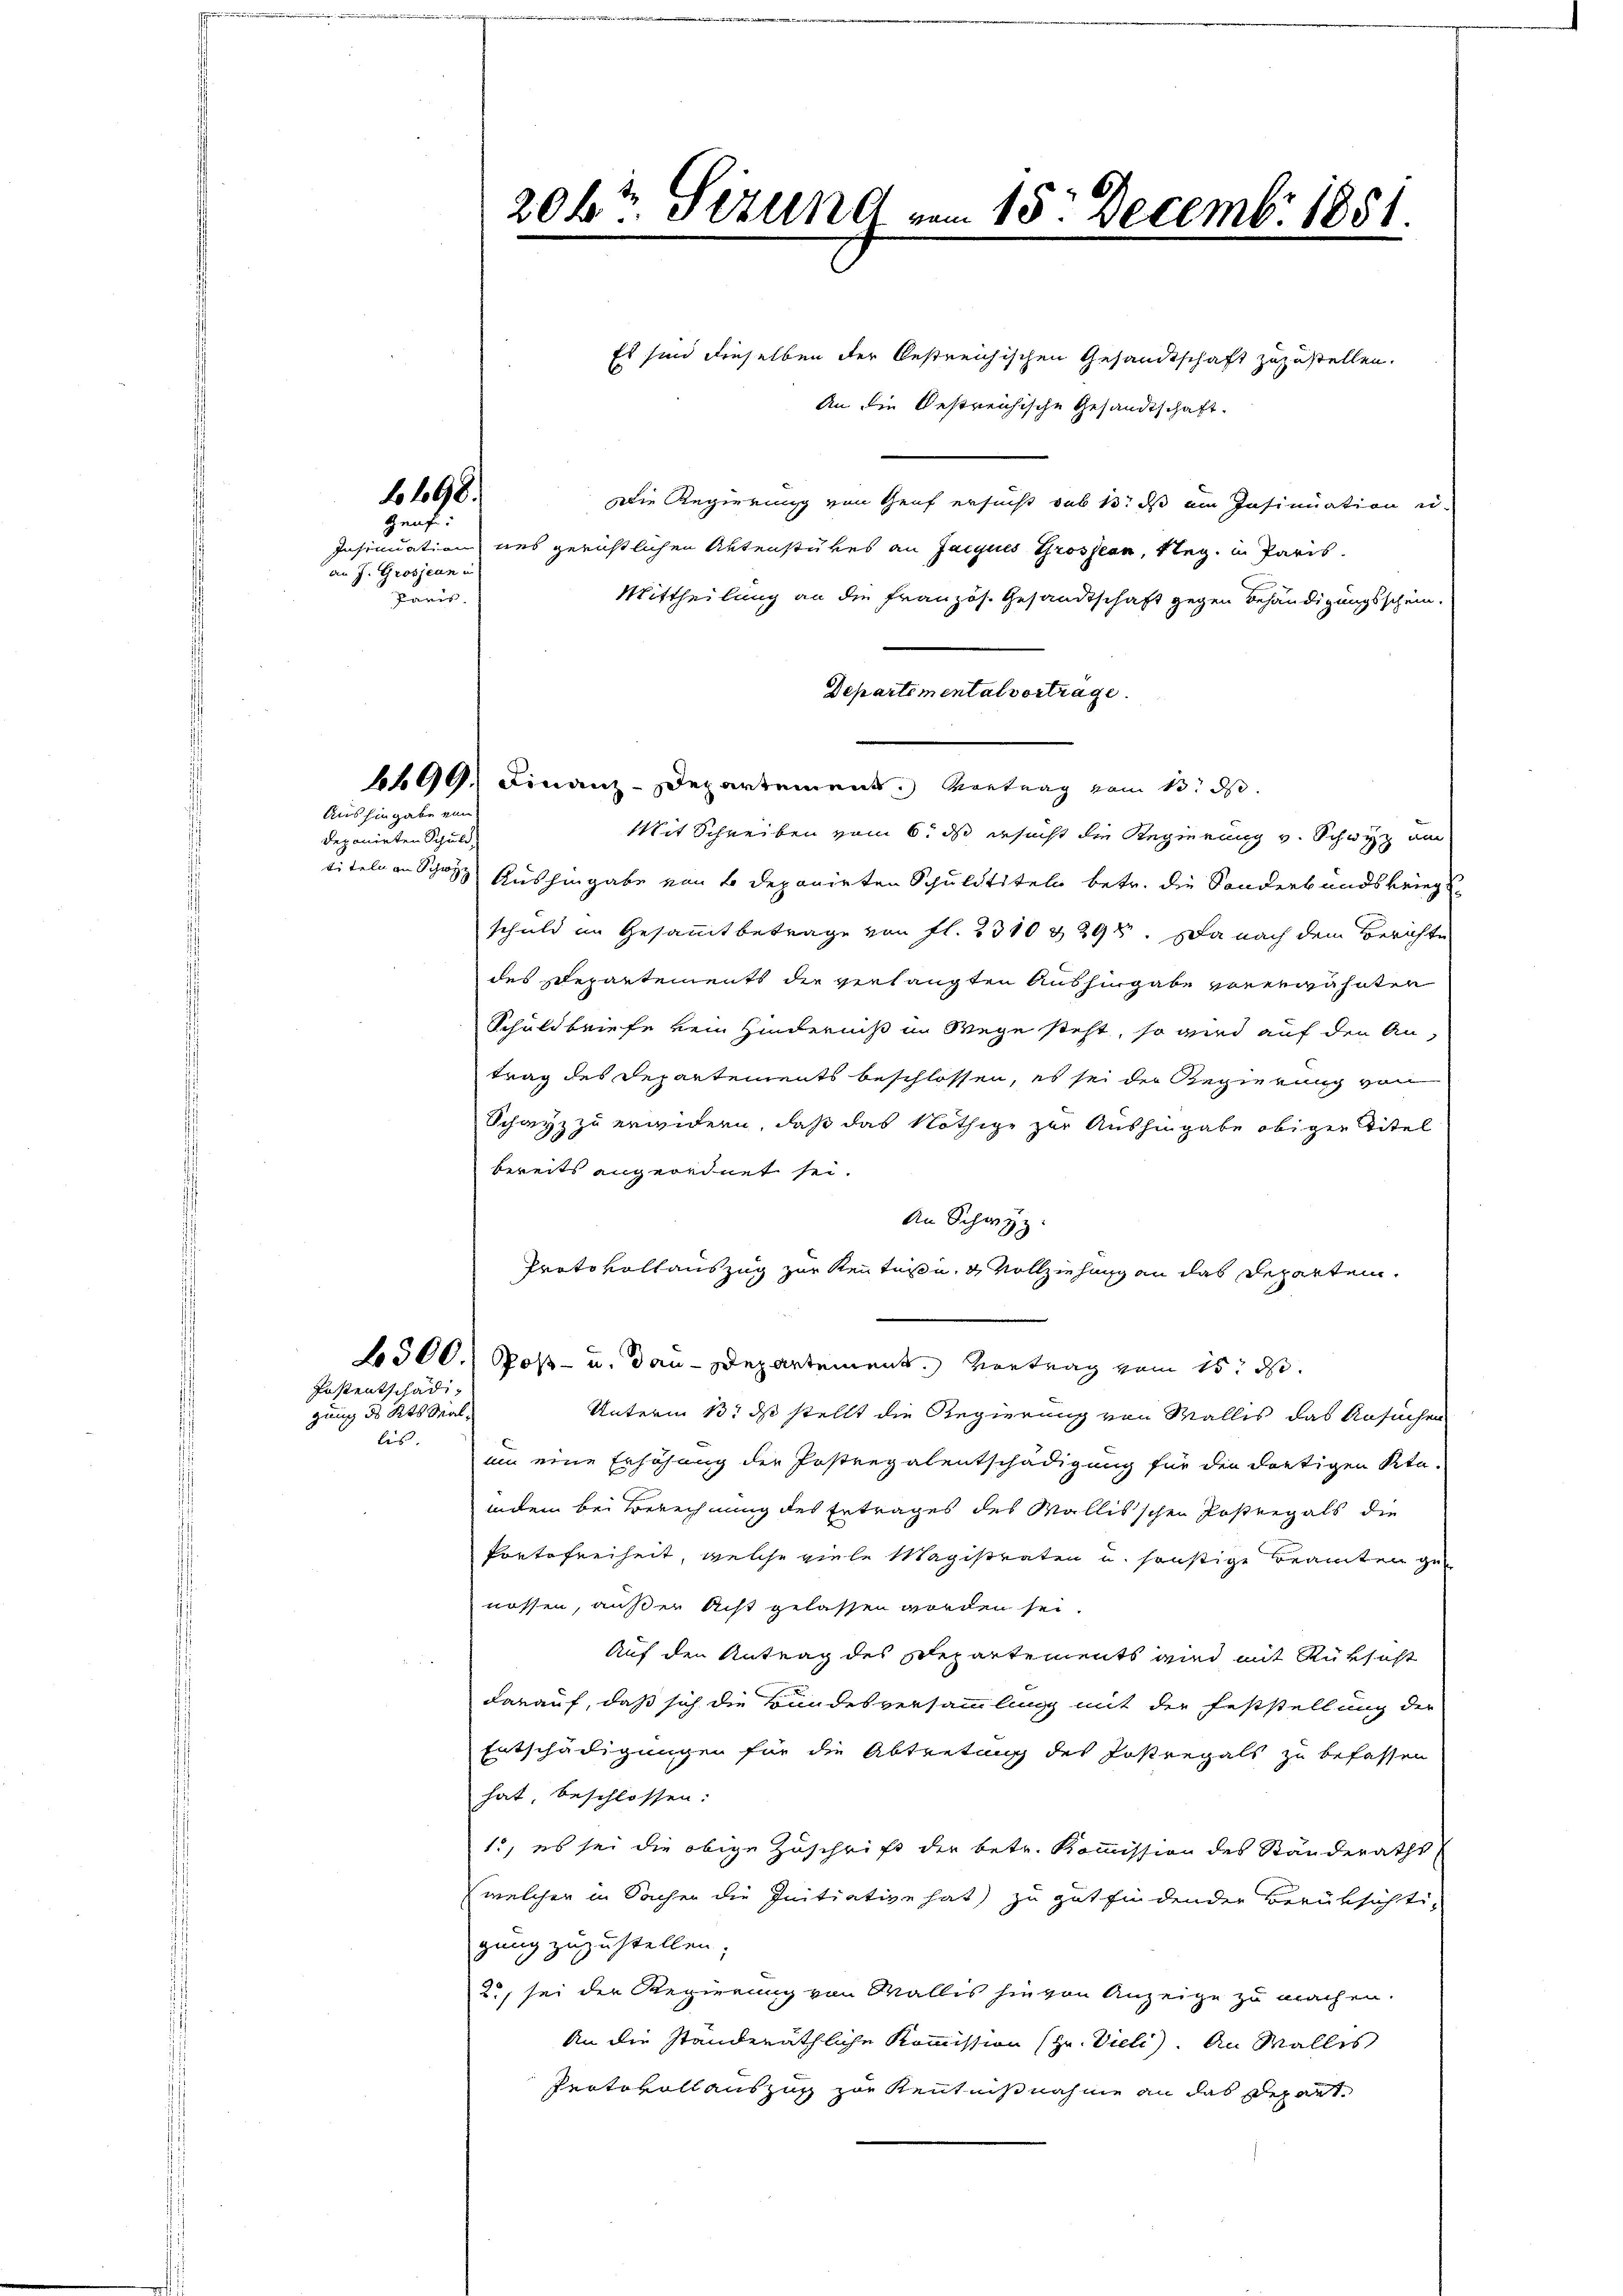
an J. Grosjean in
Paris.

Postentschädig
gung des Kts Mallis.

f 498.
Geuf:

Aushingabe von

deponirten Schuld

Es sind dieselben der bestreichischen Gesandtschaft zuzustellen.
An die bestreichische Gesandtschaft.
Die Regierung von Genf ersucht das 13. ds am Insinuation ei¬
Insinuation des gerichtlichen Aktenstükes an Jacques Grosjean, Reg. in Paris.
Mittheilung an die Französ. Gesandtschaft gegen Behändigungsschein.
Departemental vorträge.
1699. Finanz-Departement. Vortrag vom 13. d.
Mit Schreiben vom 6. ds ersucht die Regierung v. Schwyz au
Titeln an Schöne Aushingabe von 10 deponirten Schuldtiteln betr. die Sonderbandskriegs
schuld im Gesammtbetrage von fl. 2310 & 29. Da nach dem Berichte
des Departements die verlangten Aushingabe vorerwähnten
Schuldbriefe kein Hinderniß im Wege steht, so wird auf den Antrag des Departements beschlossen, es sei der Regierung von
Schwyz zu erwidern, daß das Nöthige zur Aushingabe obiger Titel
bereits angeordnet sei.
An Schwyz
Protokollauszug zur Kenntniße, & Vollziehung an das Repartem¬
500.) Poß- u. dan-Departement. Vortrag vom 15t d.
Unterm 13t ds stellt die Regierung von Wallis das Ansuchen
un eine Erhöhung der Postregalentschädigung für den dortigen Sta-
indem bei Berechnung des Ertrages des Wallis schen Postergals die
Portofreiheit, welche viele Magistraten u. sonstige Beamten genossen, außer Acht gelassen worden sei.
Auf den Antrag des Departements wird mit Rüksicht
darauf, daß sich die Bundesversammlung mit der Feststellung der
Entschädigungen für die Abtretung des Postregals zu befassen
hat, beschlossen:
1., es sei die obige Zuschrift der betr. Kommission des Ständeraths
welcher in Sachen die Initiative hat) zu gut findender Berüksichti-
gung zuzustellen.
2., sei der Regierung von Wallis hievon Anzeige zu machen.
An die ständeräthliche Kommission (Hr. Vieli). An Malles
Protokoll auszug zur Kenntnißnahme an das Depart

206 Sizung vom 15. Decemb. 1851.